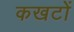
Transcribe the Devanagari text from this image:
कखटों